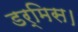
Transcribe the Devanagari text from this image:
डर्मिस।